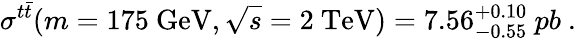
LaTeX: \sigma^{t\bar{t}}(m=175\ \mathrm{GeV},\sqrt{s}=2\ \mathrm{TeV})=7.56_{-0.55}^{+0.10}\ pb\ .